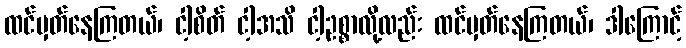
ထင်မှတ်နေကြတယ်၊ ငါ့စိတ် ငါ့အသိ ငါ့ဥစ္စာလို့လည်း ထင်မှတ်နေကြတယ်၊ ဒါကြောင့်